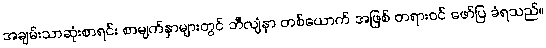
အချမ်းသာဆုံးစာရင်း စာမျက်နှာများတွင် ဘီလျံနာ တစ်ယောက် အဖြစ် တရားဝင် ဖော်ပြ ခံရသည်။